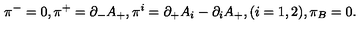
{ \pi } ^ { - } = 0 , { \pi } ^ { + } = { \partial } _ { - } A _ { + } , { \pi } ^ { i } = { \partial } _ { + } A _ { i } - { \partial } _ { i } A _ { + } , ( i = 1 , 2 ) , { \pi } _ { B } = 0 .